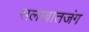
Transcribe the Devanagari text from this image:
सलाबातजंग